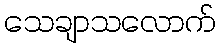
သေချာသလောက်